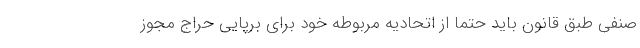
صنفی طبق قانون باید حتماً از اتحادیه مربوطه خود برای برپایی حراج مجوز